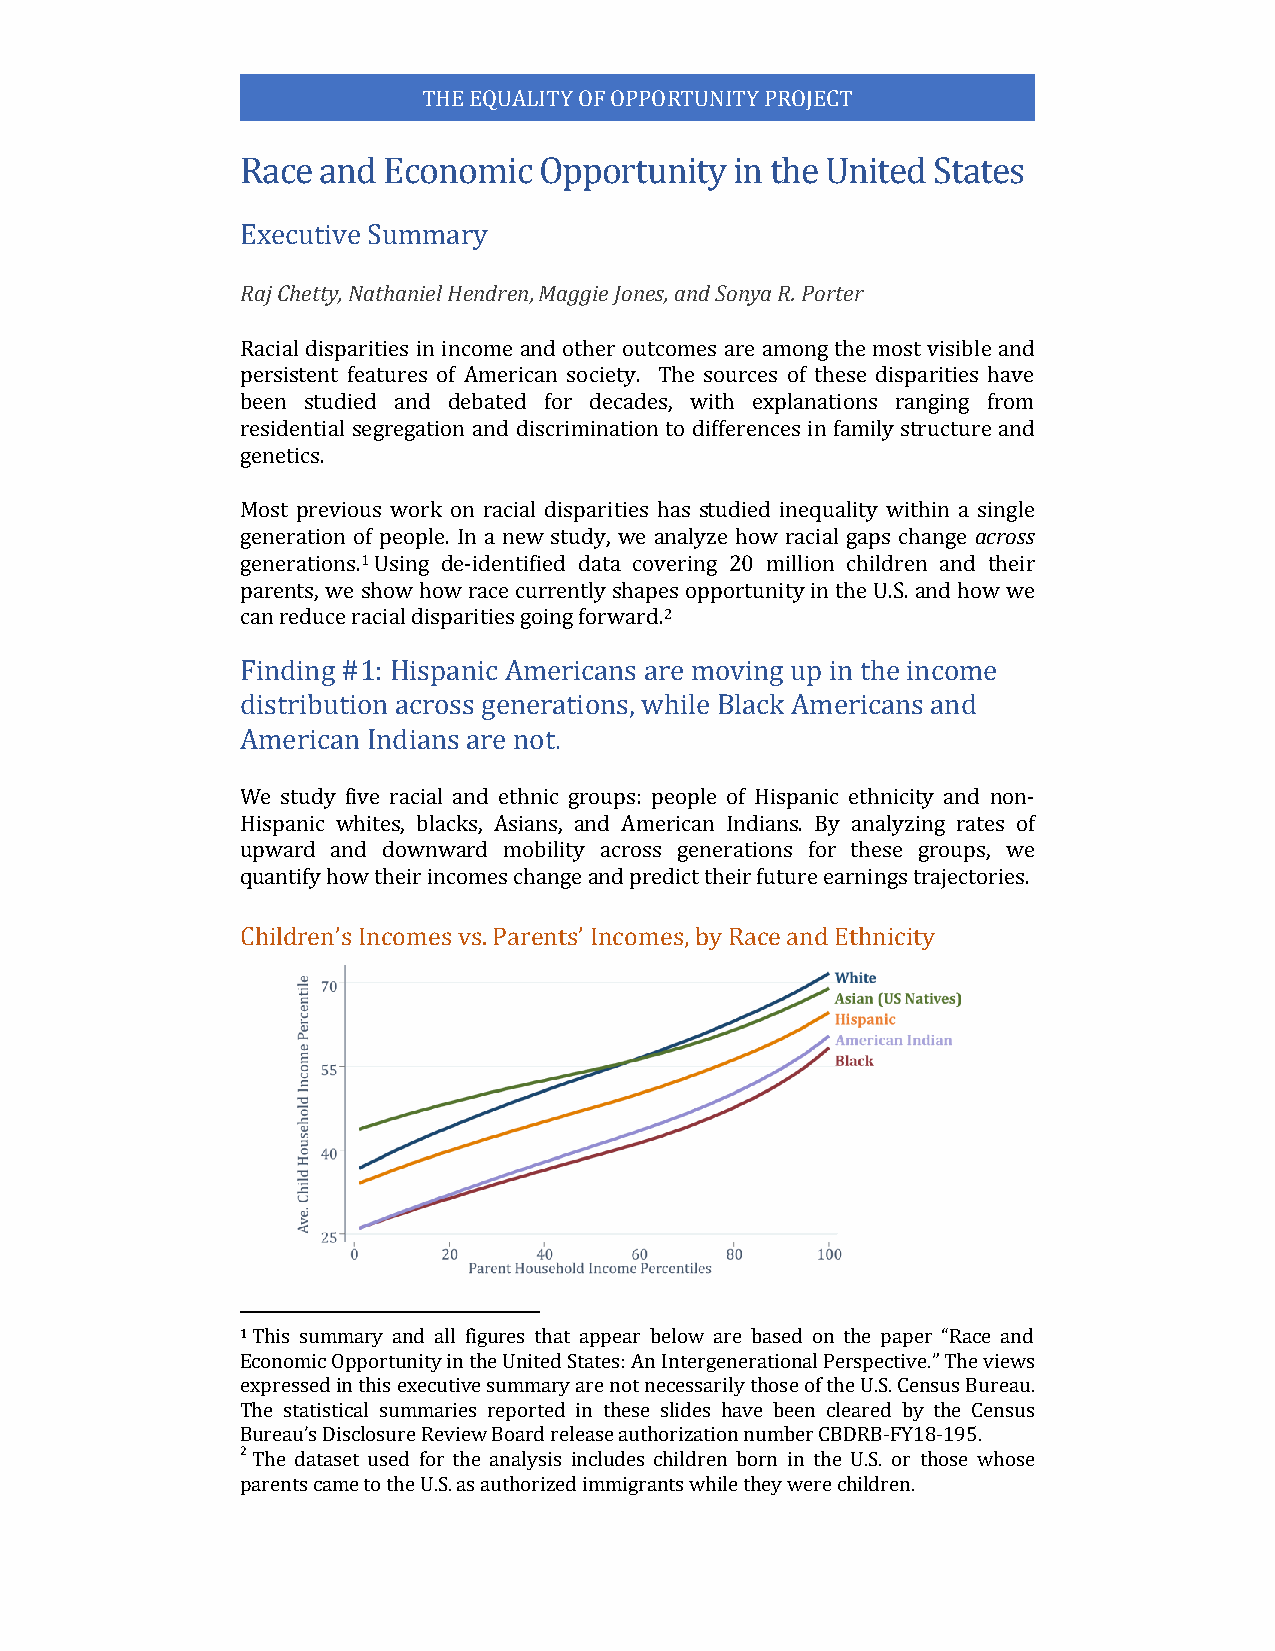
THE EQUALITY OF OPPORTUNITY PROJECT
 Race and Economic   Opportunity  in the United States
 Executive Summary
 Raj Chetty, Nathaniel Hendren, Maggie Jones, and Sonya R. Porter
 Racial disparities in income and other outcomes are among the most visible and
 persistent features of American society. The sources of these disparities have
 been studied and debated for decades, with explanations ranging from
 residential segregation and discrimination to differences in family structure and
 genetics.
 Most previous work on racial disparities has studied inequality within a single
 generation of people. In a new study, we analyze how racial gaps change across
 generations.1 Using de-identified data covering 20 million children and their
 parents, we show how race currently shapes opportunity in the U.S. and how we
 can reduce racial disparities going forward.2
 Finding #1: Hispanic Americans are moving up in the income
 distribution across generations, while Black Americans and
 American Indians are not.
 We study five racial and ethnic groups: people of Hispanic ethnicity and non-
 Hispanic whites, blacks, Asians, and American Indians. By analyzing rates of
 upward and downward mobility across generations for these groups, we
 quantify how their incomes change and predict their future earnings trajectories.
 Children’s Incomes vs. Parents’ Incomes, by Race and Ethnicity
 1 This summary and all figures that appear below are based on the paper “Race and
 Economic Opportunity in the United States: An Intergenerational Perspective.” The views
 expressed in this executive summary are not necessarily those of the U.S. Census Bureau.
 The statistical summaries reported in these slides have been cleared by the Census
 Bureau’s Disclosure Review Board release authorization number CBDRB-FY18-195.
 2 The dataset used for the analysis includes children born in the U.S. or those whose
 parents came to the U.S. as authorized immigrants while they were children.